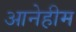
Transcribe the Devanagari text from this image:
आनेहीम